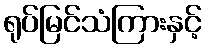
ရုပ်မြင်သံကြားနှင့်